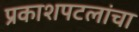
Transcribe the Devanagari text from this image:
प्रकाशपटलांचा